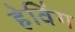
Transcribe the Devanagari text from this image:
हेविंग